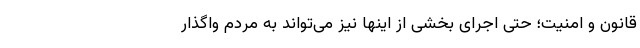
قانون و امنیت؛ حتی اجرای بخشی از اینها نیز می‌تواند به مردم واگذار